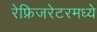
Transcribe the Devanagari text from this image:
रेफ्रिजरेटरमध्ये